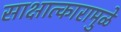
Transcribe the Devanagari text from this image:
साक्षात्कारामुळे